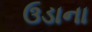
ઉડાના